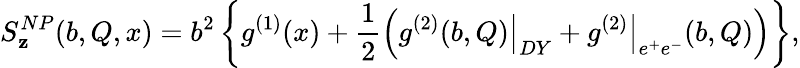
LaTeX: S_{\mathbf{z}}^{NP}(b,Q,x)=b^{2}\left\{ g^{(1)}(x)+\frac{{1}}{{2}}\Bigl(\left.g^{(2)}(b,Q)\right|_{DY}+\left.g^{(2)}\right|_{e^{+}e^{-}}(b,Q)\Bigr)\right\} ,